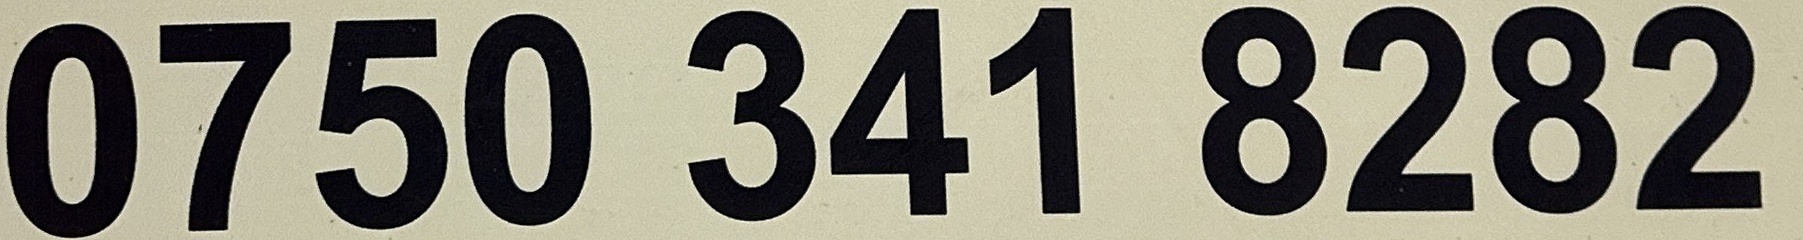
0750 341 8282